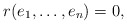
\begin{align*} r(e_1,\dots, e_n) = 0,\end{align*}